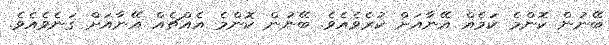
ބޭނުން ކޮންމެ ކަމެއް އޭނާއަށް ކުރެވެއެވެ. ބޭނުން ކޮންމެ އެއްޗެއް އޭނާއަށް ގަނެވެއެވެ.